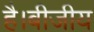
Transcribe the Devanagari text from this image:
है।बीजीय